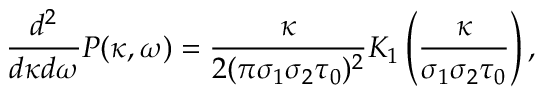
{ \frac { d ^ { 2 } } { d \kappa d \omega } } P ( \kappa , \omega ) = { \frac { \kappa } { 2 ( \pi \sigma _ { 1 } \sigma _ { 2 } \tau _ { 0 } ) ^ { 2 } } } K _ { 1 } \left( { \frac { \kappa } { \sigma _ { 1 } \sigma _ { 2 } \tau _ { 0 } } } \right) ,